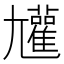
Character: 𡰝